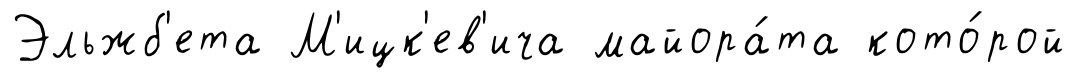
Эльжб'ета М'ицк'ев'ича майора́та кото́рой